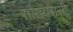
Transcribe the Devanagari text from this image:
सौख्यरासी